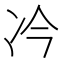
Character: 𪞘